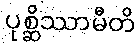
ပုစ္ဆိဿာမီတိ